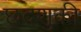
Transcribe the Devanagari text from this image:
छदशुकी